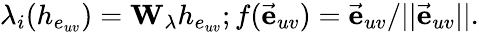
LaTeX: \lambda_{i}(h_{e_{uv}})=\mathbf{W}_{\lambda}h_{e_{uv}};f(\vec{\mathbf{e}}_{uv})=\vec{\mathbf{e}}_{uv}/||\vec{\mathbf{e}}_{uv}||.